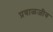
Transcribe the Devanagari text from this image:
प्रवाळजीव